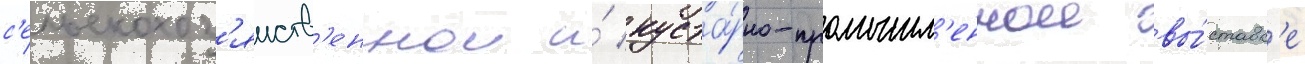
с'ельскохоз'яиств'еннои и́ куста́рно-промышл'еннои вы́ставк'е